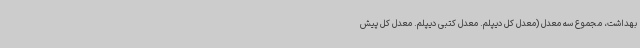
بهداشت، مجموع سه معدل (معدل کل دیپلم. معدل کتبی دیپلم. معدل کل پیش